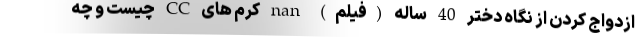
ازدواج کردن از نگاه دختر 40 ساله (فیلم) nan کرم های CC چیست و چه